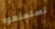
تستمتعوا